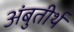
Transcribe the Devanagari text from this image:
अंबुतीर्थ